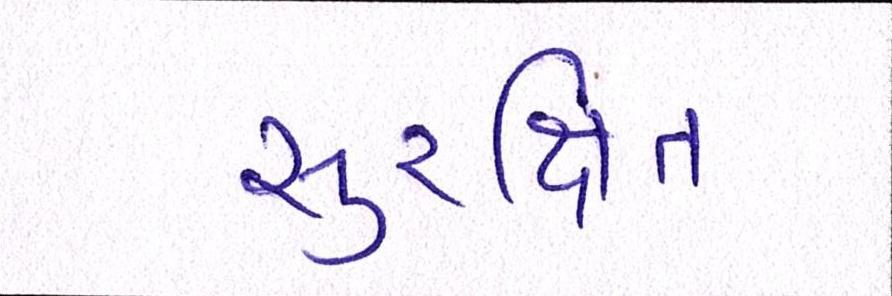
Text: સુરક્ષિત